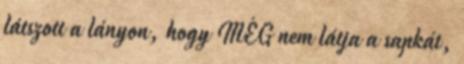
látszott a lányon, hogy MÉG nem látja a sapkát,